Vaccine operations Central Provinces & Berar 1912-1920 - 1912-1920
Year: 1912
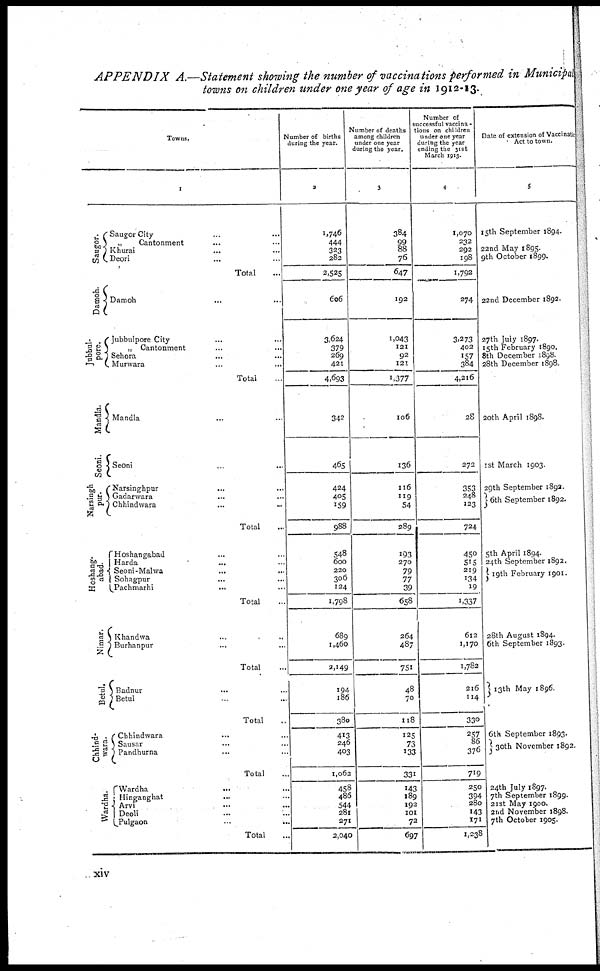
APPENDIX A.—Statement showing the number of vaccinations performed, in Municipal
towns on children under one year of age in 1912-13.
Towns.
1
Saugor.
Damoh.
Jubbul¬
pore.
Mandla.
Seoni.
Narsingh
pur.
Hoshang¬
abad.
Nimar.
Betul.
Chhind¬
wara.
Wardha.
Saugor City ... ...
„
Cantonment ... ...
Khurai ... ...
Deori ... ...
Total
Damoh ... ...
Jubbulpore City ... ...
„ Cantonment ... ...
Sehora ... ...
Murwara
...
...
Total
Mandla ... ...
Seoni
... ...
Narsinghpur ... ...
Gadarwara ... ...
Chhindwara
...
...
Total ...
Hoshangabad ... ...
Harda
... ...
Seoni-Malwa
...
...
Sohagpur ... ...
Pachmarhi
... ...
Total ...
Khandwa ... ...
Burhanpur ... ...
Total ...
Badnur ... ...
Betul ... ...
Total ...
Chhindwara
... ...
Sausar ... ...
Pandhurna ... ...
Total ...
Wardha ... ...
Hinganghat
... ...
Arvi ... ...
Deoli ... ...
Pulgaon
...
...
Total
Number of births
during the year.
2
1,746
444
323
282
2,525
606
3,624
379
269
421
4,693
342
465
424
405
159
988
548
600
220
306
124
1,798
689
1,460
2,149
194
186
380
413
246
403
1,062
458
486
544
281
271
2,040
Number of deaths
among children
under one year
during the year.
3
384
99
88
76
647
192
1,043
121
92
121
1,377
106
136
116
119
54
289
193
270
79
77
39
658
264
487
751
48
70
118
125
73
133
331
143
189
192
101
72
697
Number of
successful vaccina¬
tions on children
under one year.
during the year
ending the 31st
March 1913.
4
1,070
232
292
198
1,792
274
3,273
402
157
384
4,216
28
272
353
248
123
724
450
515
219
134
19
1,337
612
1,170
1,782
216
114
330
257
86
376
719
250
394
280
143
171
1,238
Date of extension of Vaccination
Act to town.
5
15th September 1894.
22nd May 1895.
9th October 1899.
22nd December 1892.
27th July 1897.
15th February 1890.
8th December 1898.
28th December 1898.
20th April 1898.
1st March 1903.
29th September 1892.
6th September 1892.
5th April 1894.
24th September 1892.
19th February 1901.
28th August 1894.
6th September 1893.
13th May 1896.
6th September 1893.
30th November 1892.
24th July 1897
7th September 1899.
21st May 1900.
2nd November 1898.
7th October 1905.
xiv